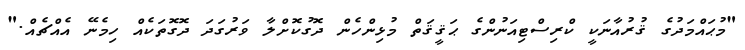
"މުޙައްމަދުގެ ޤުރުއާނަކީ ކްރިސްޓިއަނުންގެ ޙަޤީޤަތް މުޅިންހެން ދޮގުކޮށްލާ ވަރުގަދަ ދޮގޮތަކެއް ހިމެނޭ އެއްޗެއް."